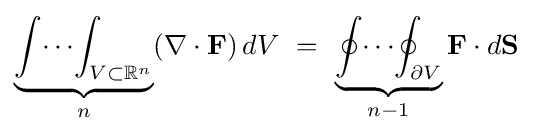
\underbrace {\int \!\cdots \!\int _{V\subset \mathbb {R} ^{n}}} _{n}(\nabla \cdot \mathbf {F} )\,dV\ =\ \underbrace {\oint \!\cdots \!\oint _{\partial V}} _{n-1}\mathbf {F} \cdot d\mathbf {S}